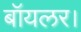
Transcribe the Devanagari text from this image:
बॉयलर।